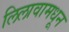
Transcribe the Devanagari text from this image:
लिलावामधून